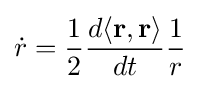
{\dot {r}}={\frac {1}{2}}{\frac {d\langle \mathbf {r} ,\mathbf {r} \rangle }{dt}}{\frac {1}{r}}